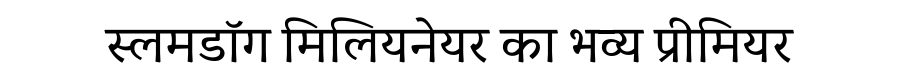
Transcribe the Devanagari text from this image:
स्लमडॉग मिलियनेयर का भव्य प्रीमियर